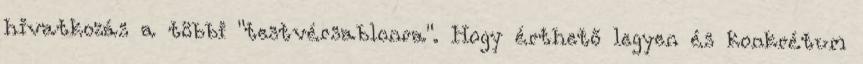
hivatkozás a többi "testvérsablonra". Hogy érthető legyen és konkrétum